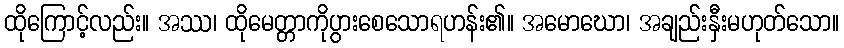
ထိုကြောင့်လည်း။ အဿ၊ ထိုမေတ္တာကိုပွားစေသောရဟန်း၏။ အမောဃော၊ အချည်းနှီးမဟုတ်သော။